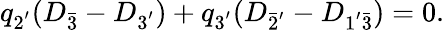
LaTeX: q_{2^{'}}(D_{\bar{3}}-D_{3^{'}})+q_{3^{'}}(D_{\bar{2}^{'}}-D_{1^{'}\bar{3}})=0.